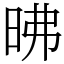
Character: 昲